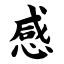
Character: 感